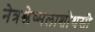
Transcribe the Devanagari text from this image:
नेत्रश्लेष्मलाशोथसी